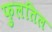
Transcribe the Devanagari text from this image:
फुलतिल